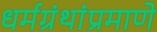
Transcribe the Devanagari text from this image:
धर्मग्रंथांप्रमाणे